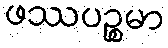
ဖဿပဉ္စမာ